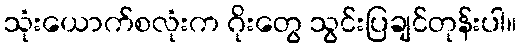
သုံးယောက်စလုံးက ဂိုးတွေ သွင်းပြချင်တုန်းပါ။